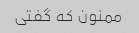
ممنون که گفتی